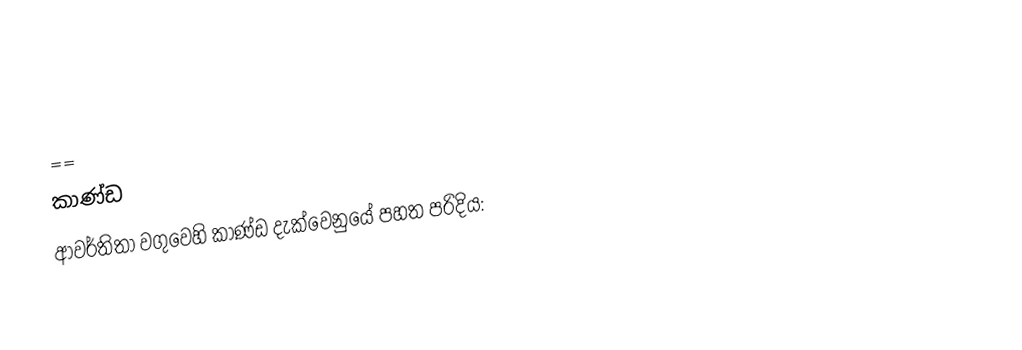
==
කාණ්ඩ
ආවර්තිතා වගුවෙහි කාණ්ඩ දැක්වෙනුයේ පහත පරිදිය: